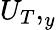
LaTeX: {U_{T},}_{y}